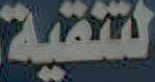
لتنقية